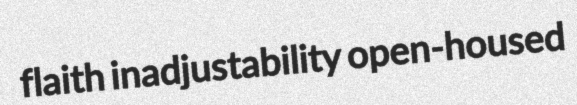
flaith inadjustability open-housed